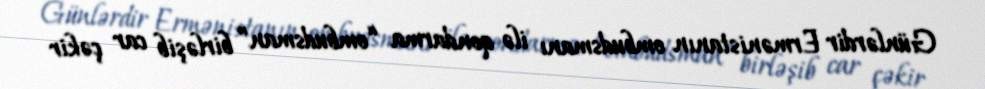
Günlərdir Ermənistanın ombudsmanı ilə qondarma “ombudsman” birləşib car çəkir